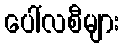
ပေါ်လစီများ